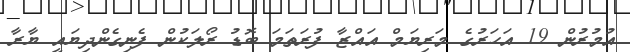
އުމުރުން 19 އަހަރުގެ މަރިޔަމް އައްޒާ ފުރަތަމަ ބޮޑު ރޯލަކުން ފެނިގެންދިޔައީ ޔާރާ